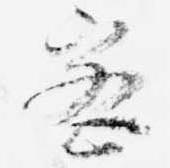
密